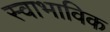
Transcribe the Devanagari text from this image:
स्‍वाभाविक